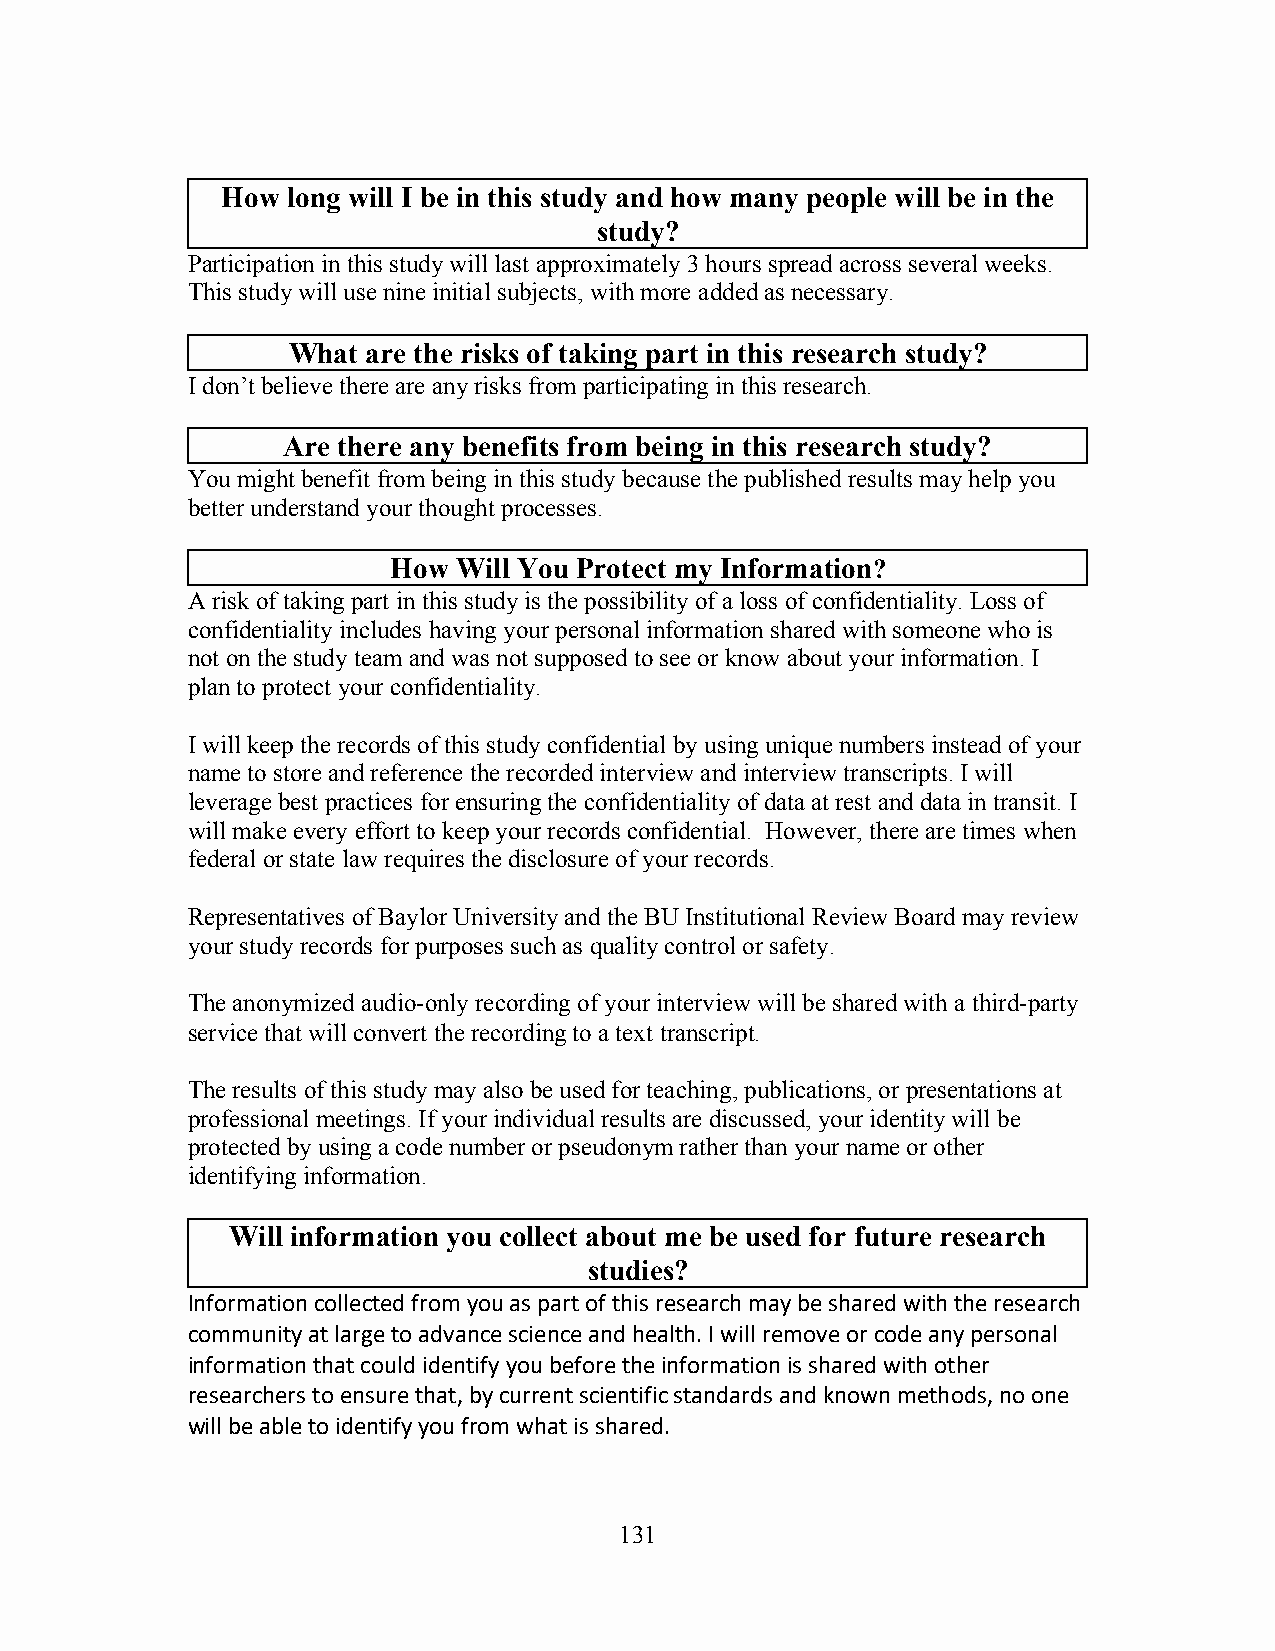
How long will I be in this study and how many people will be in the
 study?
 Participation in this study will last approximately 3 hours spread across several weeks.
 This study will use nine initial subjects, with more added as necessary.
 What are the risks of taking part in this research study?
 I don’t believe there are any risks from participating in this research.
 Are there any benefits from being in this research study?
 You might benefit from being in this study because the published results may help you
 better understand your thought processes.
 How Will You Protect my Information?
 A risk of taking part in this study is the possibility of a loss of confidentiality. Loss of
 confidentiality includes having your personal information shared with someone who is
 not on the study team and was not supposed to see or know about your information. I
 plan to protect your confidentiality.
 I will keep the records of this study confidential by using unique numbers instead of your
 name to store and reference the recorded interview and interview transcripts. I will
 leverage best practices for ensuring the confidentiality of data at rest and data in transit. I
 will make every effort to keep your records confidential. However, there are times when
 federal or state law requires the disclosure of your records.
 Representatives of Baylor University and the BU Institutional Review Board may review
 your study records for purposes such as quality control or safety.
 The anonymized audio-only recording of your interview will be shared with a third-party
 service that will convert the recording to a text transcript.
 The results of this study may also be used for teaching, publications, or presentations at
 professional meetings. If your individual results are discussed, your identity will be
 protected by using a code number or pseudonym rather than your name or other
 identifying information.
 Will information you collect about me be used for future research
 studies?
 Information collected from you as part of this research may be shared with the research
 community at large to advance science and health. I will remove or code any personal
 information that could identify you before the information is shared with other
 researchers to ensure that, by current scientific standards and known methods, no one
 will be able to identify you from what is shared.
 131